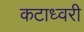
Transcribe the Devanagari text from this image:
कटाध्वरी